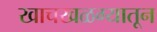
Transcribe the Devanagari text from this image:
खाचखळग्यातून